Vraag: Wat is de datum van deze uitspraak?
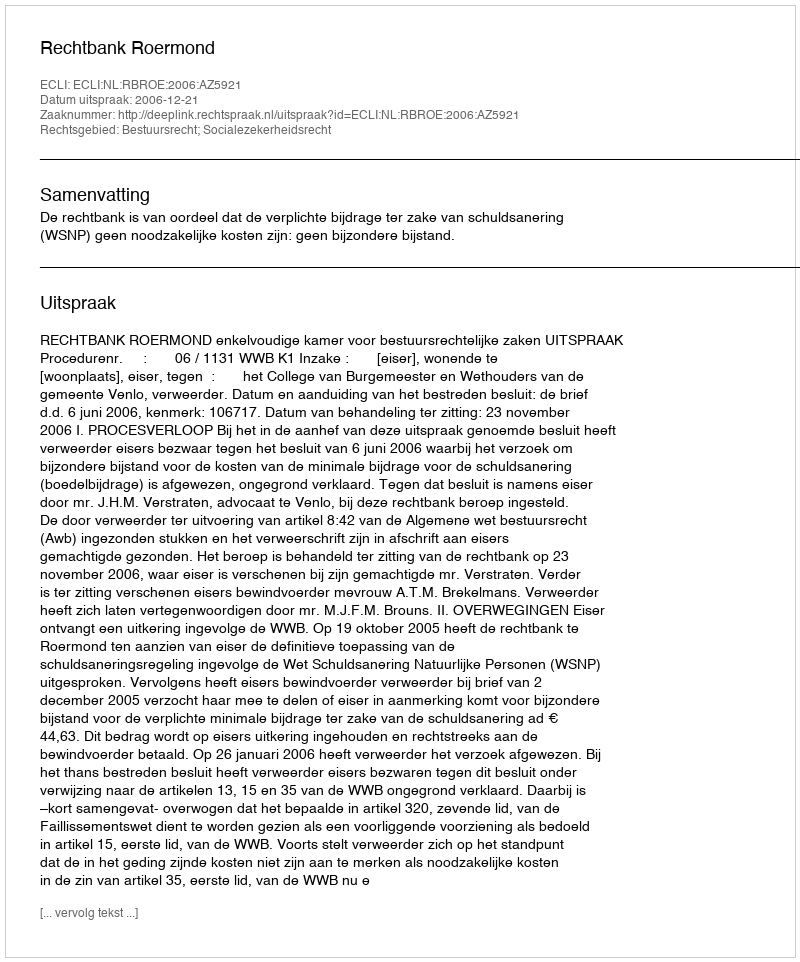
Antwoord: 2006-12-21